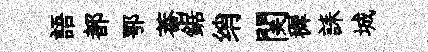
語都鄂菴鋸绡関穉誄城